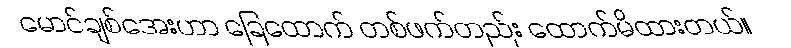
မောင်ချစ်အေးဟာ ခြေထောက် တစ်ဖက်တည်း ထောက်မိထားတယ်။